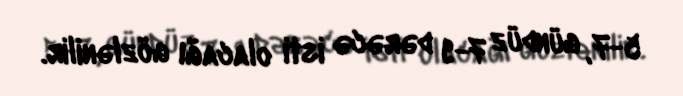
5-7, gündüz 7-9 dərəcə isti olacağı gözlənilir.